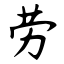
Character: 劳